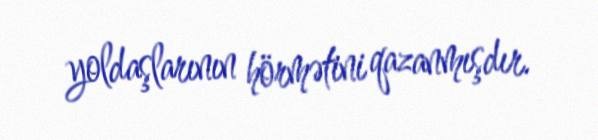
yoldaşlarının hörmətini qazanmışdır.